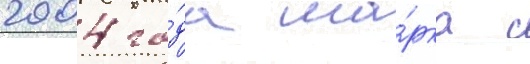
2004 го́да ма́рка с